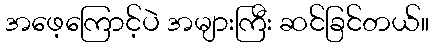
အဖေ့ကြောင့်ပဲ အများကြီး ဆင်ခြင်တယ်။